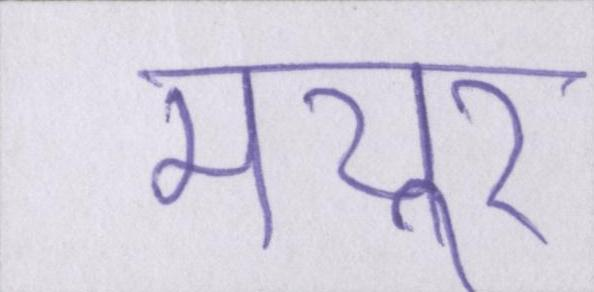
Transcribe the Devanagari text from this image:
मयूर